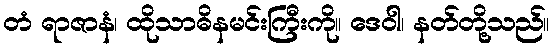
တံ ရာဇာနံ၊ ထိုသာဓိနမင်းကြီးကို။ ဒေဝါ၊ နတ်တို့သည်။